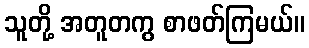
သူတို့ အတူတကွ စာဖတ်ကြမယ်။